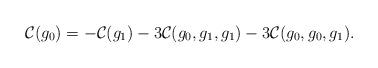
LaTeX: \begin{align*} \mathcal{C}(g_0) = - \mathcal{C}(g_1) - 3 \mathcal{C}(g_0,g_1,g_1) - 3 \mathcal{C}(g_0,g_0,g_1) . \end{align*}